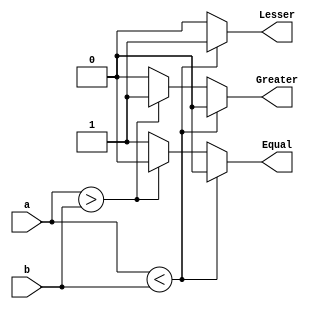
// This program was cloned from: https://github.com/ekb0412/100DaysofRTL
// License: Apache License 2.0

`timescale 1ns / 1ps

module N_bit_comparator(a,b,Lesser,Greater,Equal);
    parameter N=8;
    input [N-1:0]a,b;
    output Lesser,Greater,Equal;
    reg Lesser=0,Greater=0,Equal=0;
    always@(*) begin
        if(a<b)
            begin
                Lesser=1'b1;
                Equal=1'b0;
                Greater=1'b0;
            end
        else if (a>b)
            begin
                Lesser=1'b0;
                Equal=1'b0;    
                Greater=1'b1;
            end
        else
            begin
                Lesser=1'b0;
                Equal=1'b1;
                Greater=1'b0;
            end
    end
endmodule